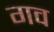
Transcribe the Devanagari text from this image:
गव